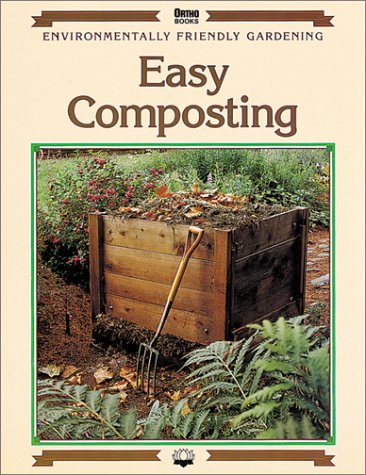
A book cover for Easy Composting (Environmentally Friendly Gardening); James Ball; Crafts, Hobbies & Home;